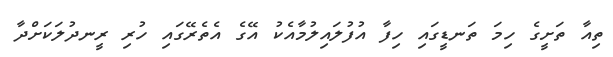
ތިއާ ތަށީގެ ހިމަ ތަނޑީގައި ހިފާ އުފުލައިލުމާއެކު އޭގެ އެތެރޭގައި ހުރި ރީނދުލަކަށްދާ